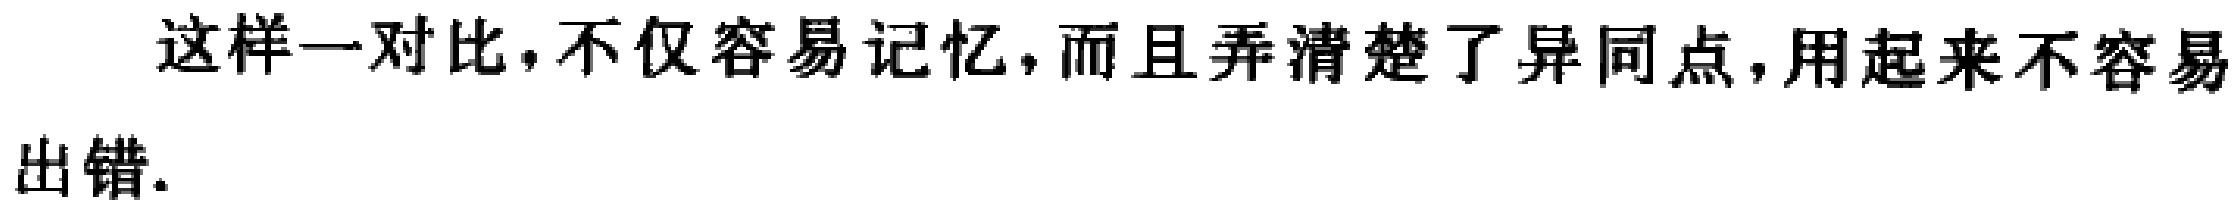
这样一对比，不仅容易记忆，而且弄清楚了异同点，用起来不容易出错.